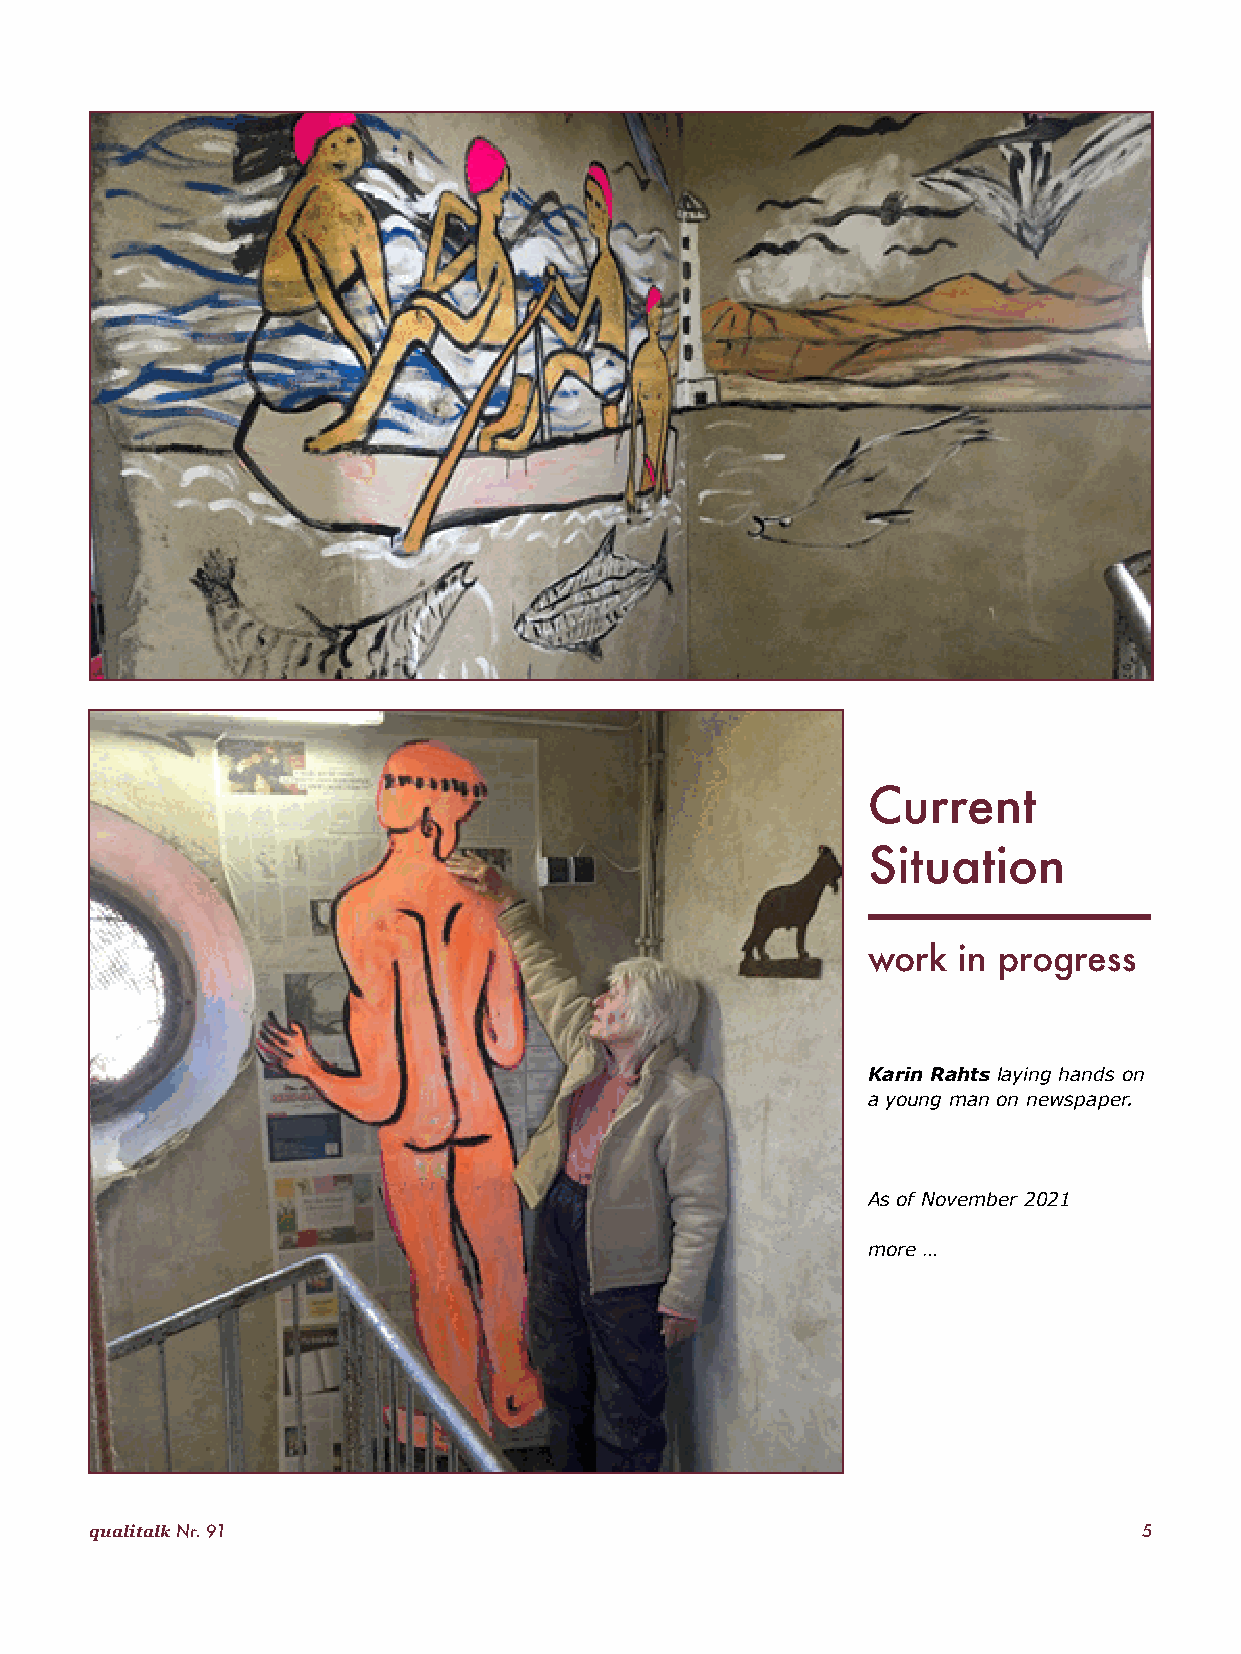
Current
 Situation
 work  in progress
 Karin Rahts laying hands on
 a young man on newspaper.
 As of November 2021
 more …
 qualitalk Nr. 91                                                      5